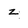
Character: z